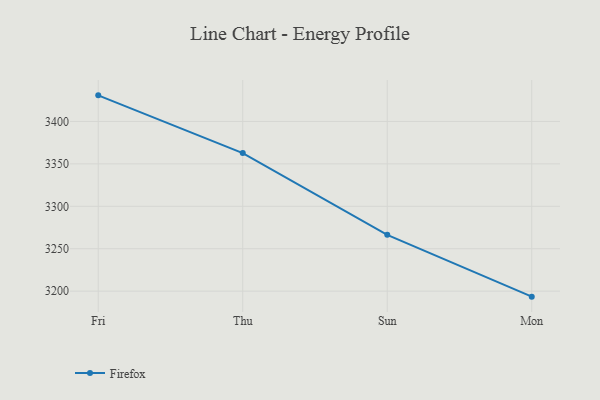
{"axis": {"x": "Day", "y": "Active Users"}, "legend": ["Firefox"], "data": [{"x": "Fri", "y": 3430.8, "type": "Firefox"}, {"x": "Thu", "y": 3362.7, "type": "Firefox"}, {"x": "Sun", "y": 3266.4, "type": "Firefox"}, {"x": "Mon", "y": 3193.5, "type": "Firefox"}]}